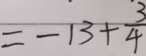
= - 1 3 + \frac { 3 } { 4 }